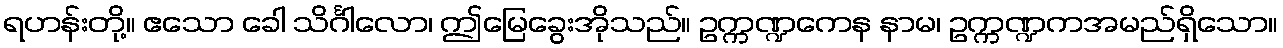
ရဟန်းတို့။ ဧသော ခေါ သိင်္ဂါလော၊ ဤမြေခွေးအိုသည်။ ဥက္ကဏ္ဍကေန နာမ၊ ဥက္ကဏ္ဍကအမည်ရှိသော။